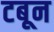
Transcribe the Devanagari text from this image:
टबून